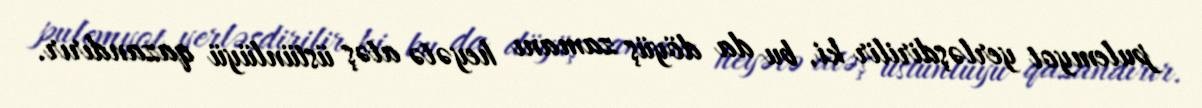
pulemyot yerləşdirilir ki, bu da döyüş zamanı heyətə atəş üstünlüyü qazandırır.